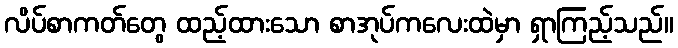
လိပ်စာကတ်တွေ ထည့်ထားသော စာအုပ်ကလေးထဲမှာ ရှာကြည့်သည်။